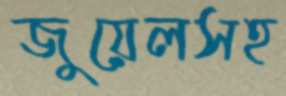
জুয়েলসহ